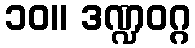
၁၀။ ဒဏ္ဍဝဂ္ဂ